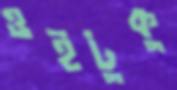
ওইটুকু